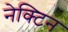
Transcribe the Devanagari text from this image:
नेक्टिन